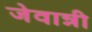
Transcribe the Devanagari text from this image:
जेवान्नी